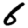
Digit: 6